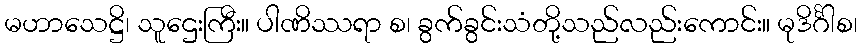
မဟာသေဋ္ဌိ၊ သူဌေးကြီး။ ပါဏိဿရာ စ၊ ခွက်ခွင်းသံတို့သည်လည်းကောင်း။ မုဒိင်္ဂါစ၊